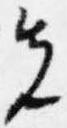
先